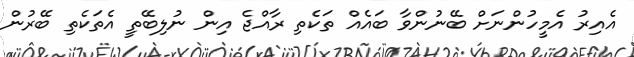
އެއިރު އެމީހުންނަށް ބޭނުންވާ ބައެއް ތަކެތި ރާއްޖެ އިން ނުލިބޭތީ އެތަކެތި ބޭރުން